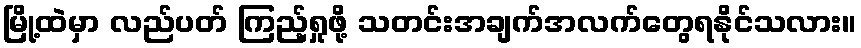
မြို့ထဲမှာ လည်ပတ် ကြည့်ရှုဖို့ သတင်းအချက်အလက်တွေရနိုင်သလား။